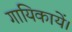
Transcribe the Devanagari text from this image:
गायिकायें।